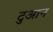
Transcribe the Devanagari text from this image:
टुआन